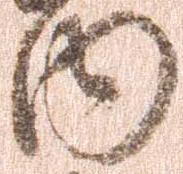
内